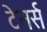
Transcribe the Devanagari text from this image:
टेनर्स